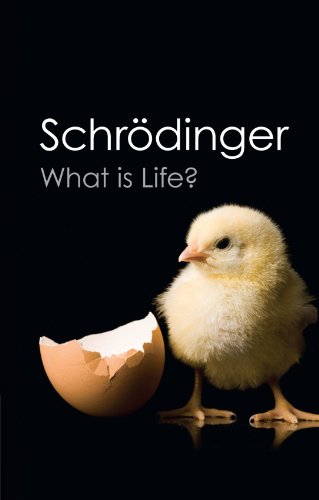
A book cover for What is Life?: With Mind and Matter and Autobiographical Sketches (Canto Classics); Erwin Schrodinger; Science & Math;